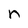
Character: n